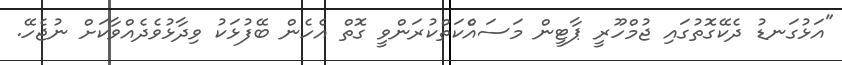
"އަޅުގަނޑު ދެކޭގޮތުގައި ޖުމްހޫރީ ޕާޓީން މަސައެްކަތްކުރަންވީ ގޮތް އެހެން ބޭފުޅަކު ވިދާޅުވެދެއްވާކަށް ނުޖެހޭ.